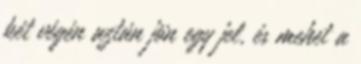
két végén aztán jön egy jel, és mehet a